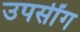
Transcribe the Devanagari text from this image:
उपसींग